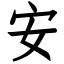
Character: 安